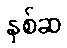
နှစ်ဆ